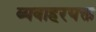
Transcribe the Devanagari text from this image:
व्यवाहरयक्त